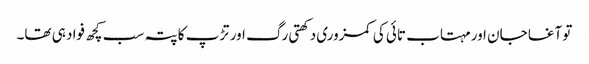
تو آغا جان اور مہتاب تائی کی کمزوری دکھتی رگ اور تڑپ کا پتہ سب کچھ فواد ہی تھا۔